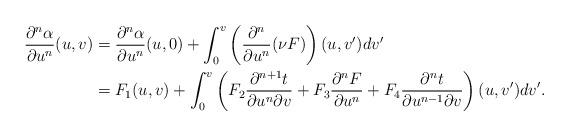
LaTeX: \begin{align*} \frac{\partial^n\alpha}{\partial u^n}(u,v)&=\frac{\partial^n\alpha}{\partial u^n}(u,0)+\int_0^v\left(\frac{\partial^n}{\partial u^n}(\nu F)\right)(u,v')dv'\\ &=F_1(u,v)+\int_0^v\left(F_2\frac{\partial^{n+1}t}{\partial u^n\partial v}+F_3\frac{\partial^nF}{\partial u^n}+F_4\frac{\partial^nt}{\partial u^{n-1}\partial v}\right)(u,v')dv'.\end{align*}